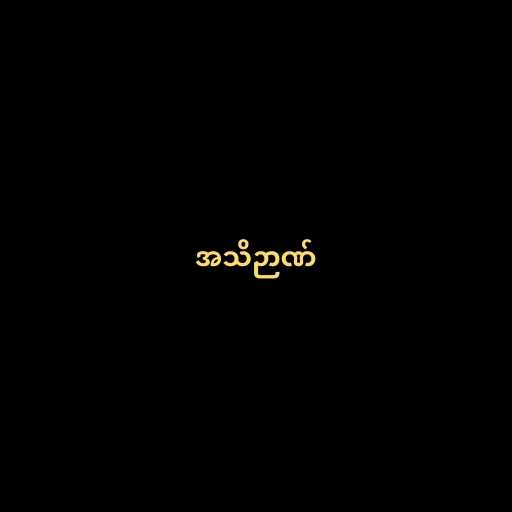
အသိဉာဏ်